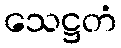
သေဋ္ဌတံ